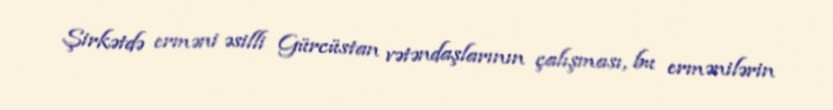
Şirkətdə erməni əsilli Gürcüstan vətəndaşlarının çalışması, bu ermənilərin